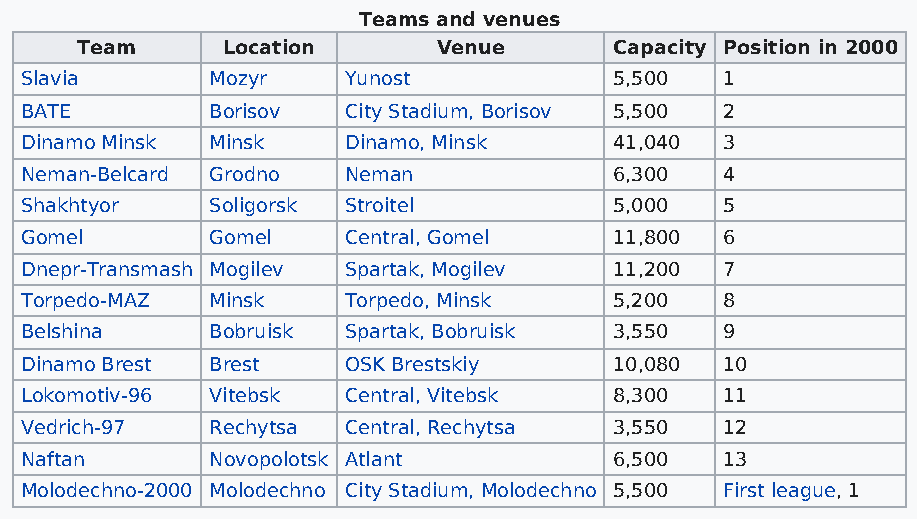
Teams and venues
 Team      Location      Venue       Capacity Position in 2000
 Slavia       Mozyr    Yunost            5,500  1
 BATE         Borisov  City Stadium, Borisov 5,500 2
 Dinamo Minsk Minsk    Dinamo, Minsk     41,040 3
 Neman-Belcard Grodno  Neman             6,300  4
 Shakhtyor    Soligorsk Stroitel         5,000  5
 Gomel        Gomel    Central, Gomel    11,800 6
 Dnepr-Transmash Mogilev Spartak, Mogilev 11,200 7
 Torpedo-MAZ  Minsk    Torpedo, Minsk    5,200  8
 Belshina     Bobruisk Spartak, Bobruisk 3,550  9
 Dinamo Brest Brest    OSK Brestskiy     10,080 10
 Lokomotiv-96 Vitebsk  Central, Vitebsk  8,300  11
 Vedrich-97   Rechytsa Central, Rechytsa 3,550  12
 Naftan       Novopolotsk Atlant         6,500  13
 Molodechno-2000 Molodechno City Stadium, Molodechno 5,500 First league, 1